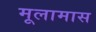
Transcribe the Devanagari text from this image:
मूलामास